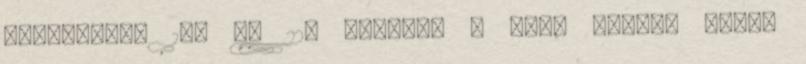
adok-kapok 18. és 22. forduló A nap, amikor semmi